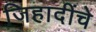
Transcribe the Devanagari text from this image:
जिहादींचे